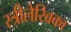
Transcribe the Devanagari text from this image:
स्त्रीलेखिका